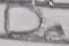
Text: D0